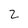
Character: 2